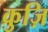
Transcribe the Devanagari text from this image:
क्रुज़ि